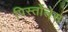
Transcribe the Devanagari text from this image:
पिस्तोंलेस